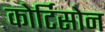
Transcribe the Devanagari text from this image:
कोर्टिसोन